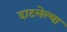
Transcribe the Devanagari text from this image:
दाटलेल्या